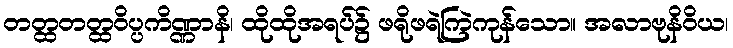
တတ္ထတတ္ထဝိပ္ပကိဏ္ဏာနိ၊ ထိုထိုအရပ်၌ ဖရိုဖရဲကြဲကုန်သော။ အလာဗုနိဝိယ၊